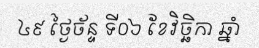
៤៩ ថ្ងៃច័ន្ទ ទី០៦ ខែវិច្ឆិកា ឆ្នាំ